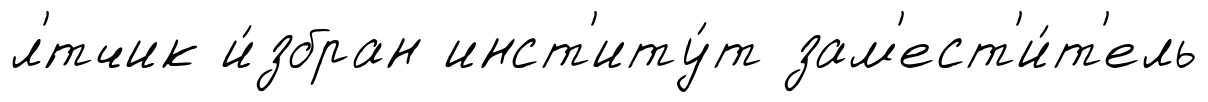
л'́тчик и́збран инст'иту́т зам'ест'и́т'ель